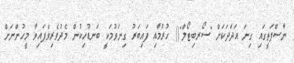
ނާސްޕަތީގައި ގިނަ އަދަދަކަށް "ސޯރބިޓޯލް"() ހުރުމާއި ފައިބަރު ގިނަވުމަކީ ބަނޑުހިކުން މެދުވެރިވެފައިވާ މީހުންނަށް